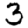
Digit: 3